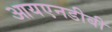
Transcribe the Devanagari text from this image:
आयएनडीबी